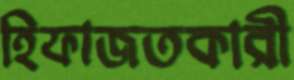
হিফাজতকারী